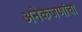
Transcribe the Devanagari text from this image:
अनेकजणांचा